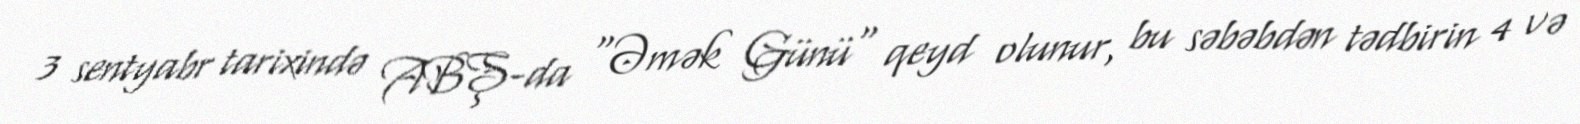
3 sentyabr tarixində ABŞ-da "Əmək Günü" qeyd olunur, bu səbəbdən tədbirin 4 və